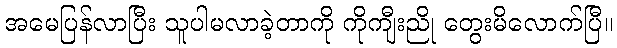
အမေပြန်လာပြီး သူပါမလာခဲ့တာကို ကိုကျီးညို တွေးမိလောက်ပြီ။